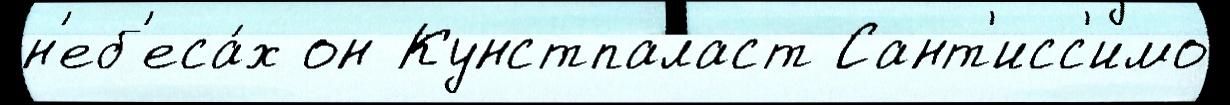
н'еб'еса́х он Кунстпаласт Сант'исс'имо